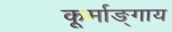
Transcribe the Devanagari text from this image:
कूर्माङ्गाय